Madras plague regulations in force outside the Presidency town - Volume 1
Disease focus: Plague
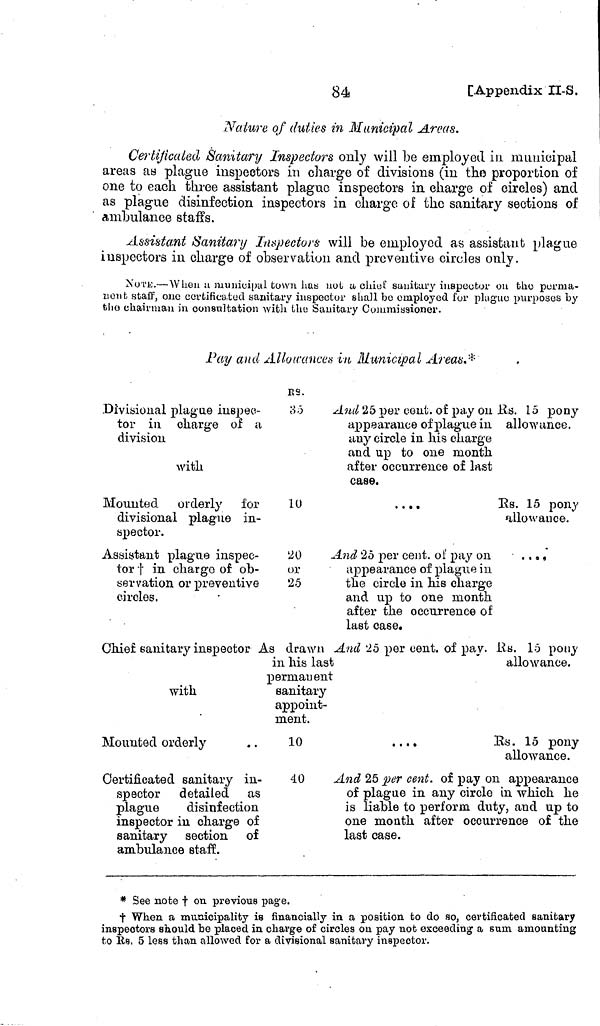
84
[Appendix II-S.
Nature of duties in Municipal Areas.
Certificated Sanitary Inspectors only will be employed in municipal
areas as plague inspectors in charge of divisions (in the proportion of
one to each three assistant plague inspectors in charge of circles) and
as plague disinfection inspectors in charge of the sanitary sections of
ambulance staffs.
Assistant Sanitary Inspectors will be employed as assistant plague
inspectors in charge of observation and preventive circles only.
Xui'io.—When ¡i municipal town lias not a chief sanitary inspector ou fchc perma-
zionfc staff, one certificated sanitary inspector shall be employed for plague purposes by
the chairman in consultation with the Sanitary Commissioner.
Pay and Allowances in Municipal Areas.*
ES.
Divisional plague inspec-
35
tor in charge of a
division
with
Mounted orderly for
i U
divisional plague in-
spector.
Assistaut plague iuspec-
20
tor t in charge of ob-
or
aervation or preventive
25
circles.
Chief sanitary inspector As drawn
in his last
permanent
with
sanitary
appoint-
ment.
Mounted orderly
. .
10
Certificated sanitary in-
40
spector detailed as
plague
disinfection
inspector in charge of
sanitary section of
ambulance staff.
And 25 per cent, o£ pay on Rs. 15 pony
appearance of plague in allowance,
any circle in his charge
and up to one month
after occurrence of last
case.
....
Es. 15 pony
allowance.
And 25 per cent, oí pay on
....
appearance of plague in
the circle in his charge
and up to one month
after the occurrence of
last case.
And 25 per cent, of pay. Rs. 15 pony
allowance.
....
Es. 15 pony
allowance.
And 25 per cent, of pay on appearance
of plague in any circle in which he
is liable to perform duty, and up to
one month after occurrence of the
last case.
* See note † on previous page.
t When a municipality is financially in a position to do so, certificated sanitary
inspectors should be placed in charge of circles on pay not exceeding a sum amounting
to Es, 5 less than allowed for a divisional sanitary inspector.